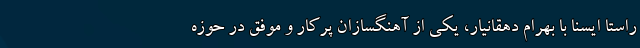
راستا ایسنا با بهرام دهقانیار، یکی از آهنگسازان پرکار و موفق در حوزه